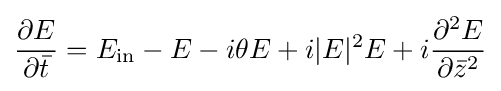
{\frac {\partial E}{\partial {\bar {t}}}}=E_{\text{in}}-E-i\theta E+i|E|^{2}E+i{\frac {\partial ^{2}E}{\partial {\bar {z}}^{2}}}